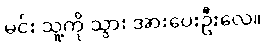
မင်း သူ့ကို သွား အားပေးဦးလေ။